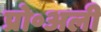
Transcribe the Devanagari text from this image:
प्रो॰अली